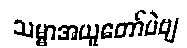
သမ္မာအယူတော်ပဲဗျ